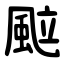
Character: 䬃